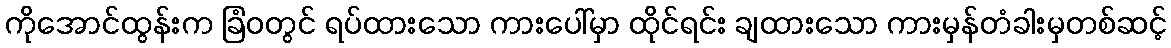
ကိုအောင်ထွန်းက ခြံဝတွင် ရပ်ထားသော ကားပေါ်မှာ ထိုင်ရင်း ချထားသော ကားမှန်တံခါးမှတစ်ဆင့်